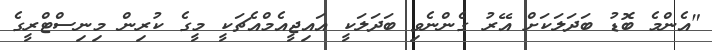
"އެންމެ ބޮޑު ބަދަލަކަށް އޭރު ގެންނެވި ބަދަލަކީ އައިޖީއެމްއެޗަކީ މީގެ ކުރިން މިނިސްޓްރީގެ